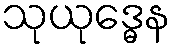
သုယုဒ္ဓေန